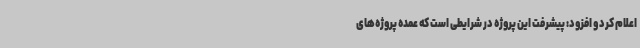
اعلام کرد و افزود: پیشرفت این پروژه در شرایطی است که عمده پروژه‌های